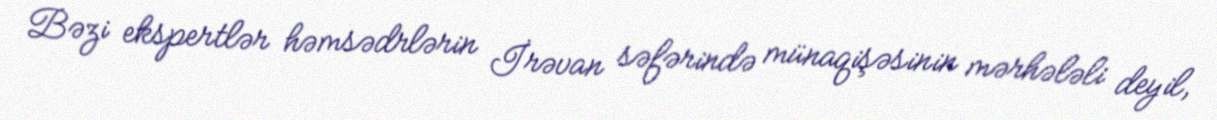
Bəzi ekspertlər həmsədrlərin İrəvan səfərində münaqişəsinin mərhələli deyil,